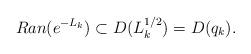
LaTeX: \begin{align*} Ran(e^{-L_k})\subset D(L_k^{1/2}) =D(q_k).\end{align*}